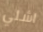
اشلي